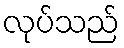
လုပ်သည်